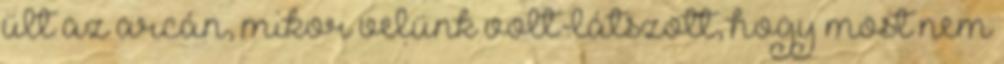
ült az arcán, mikor velünk volt-látszott, hogy most nem